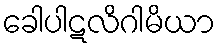
ခေါပါဋလိဂါမိယာ